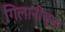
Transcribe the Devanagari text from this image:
गिलानींच्या